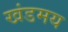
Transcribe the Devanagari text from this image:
खंडमय